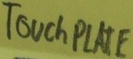
Text: TOUCH PLATE